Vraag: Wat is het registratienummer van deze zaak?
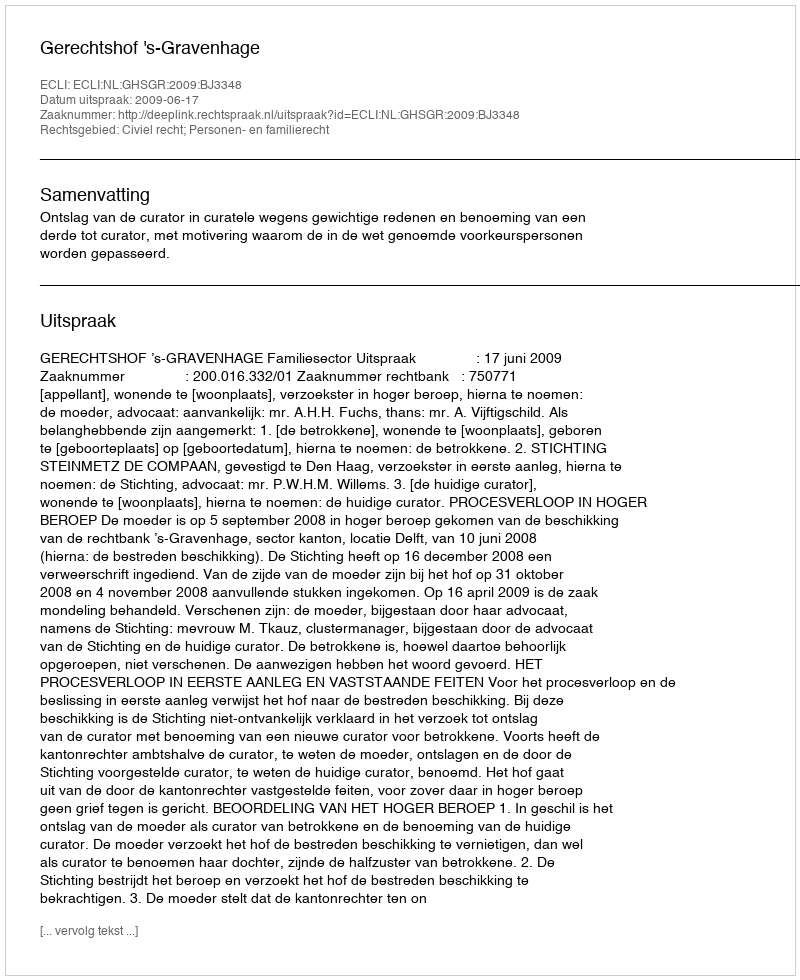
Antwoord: http://deeplink.rechtspraak.nl/uitspraak?id=ECLI:NL:GHSGR:2009:BJ3348